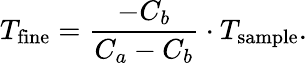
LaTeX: T_{\textrm{fine}}=\frac{-C_{b}}{C_{a}-C_{b}}\cdot T_{\textrm{sample}}.